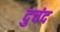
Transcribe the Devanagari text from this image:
दुचंद